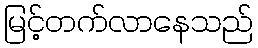
မြင့်တက်လာနေသည်